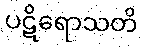
ပဋိရောသတိ